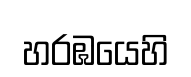
හරඹයෙහි